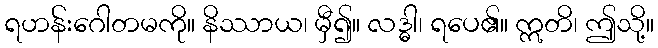
ရဟန်းဂေါတမကို။ နိဿာယ၊ မှီ၍။ လဒ္ဓါ၊ ရပေ၏။ ဣတိ၊ ဤသို့။